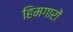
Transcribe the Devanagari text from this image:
हिमगारों